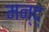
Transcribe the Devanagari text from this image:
मन्द्